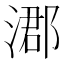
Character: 㴫